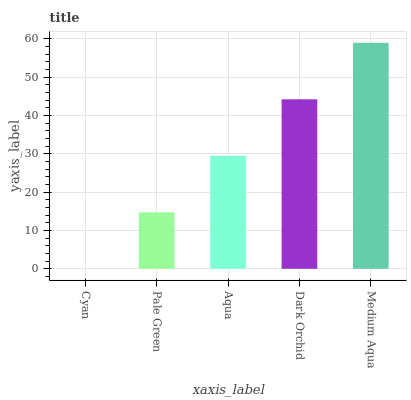
| xaxis_label | bars |
 | --- | --- |
 | Cyan | 0 |
 | Pale Green | 14.7 |
 | Aqua | 29.5 |
 | Dark Orchid | 44.2 |
 | Medium Aqua | 59 |